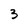
Character: 3